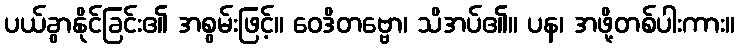
ပယ်ခွာနိုင်ခြင်း၏ အစွမ်းဖြင့်။ ဝေဒိတဗ္ဗော၊ သိအပ်၏။ ပန၊ အဖို့တစ်ပါးကား။